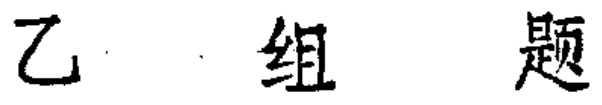
乙 组 题